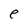
Character: e